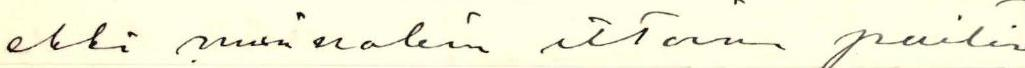
ehkä muinakin iltoina paitsi